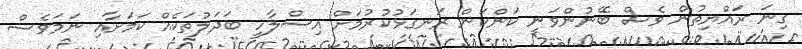
ގިނަ ރައްޔިތުން ވެސް ބޭނުންވަނީ ކަންކަން ރަނގަޅުކުރުމަށް އިސްލާހީ ބަދަލުތަކެއް ކަމަށާއި ނަަމަވެސް